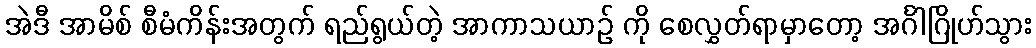
အဲဒီ အာမိစ် စီမံကိန်းအတွက် ရည်ရွယ်တဲ့ အာကာသယာဉ် ကို စေလွှတ်ရာမှာတော့ အင်္ဂါဂြိုဟ်သွား